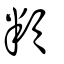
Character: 頖